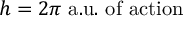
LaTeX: h = 2 \pi { \mathrm { ~ a . u . ~ o f ~ a c t i o n } }